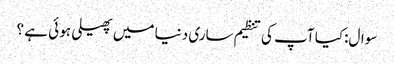
سوال:کیا آپ کی تنظیم ساری دنیا میں پھیلی ہو ئی ہے ؟